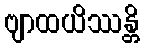
ဗျာထယိဿန္တိ